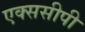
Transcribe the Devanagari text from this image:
एक्ससीपी